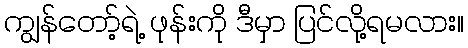
ကျွန်တော့်ရဲ့ ဖုန်းကို ဒီမှာ ပြင်လို့ရမလား။